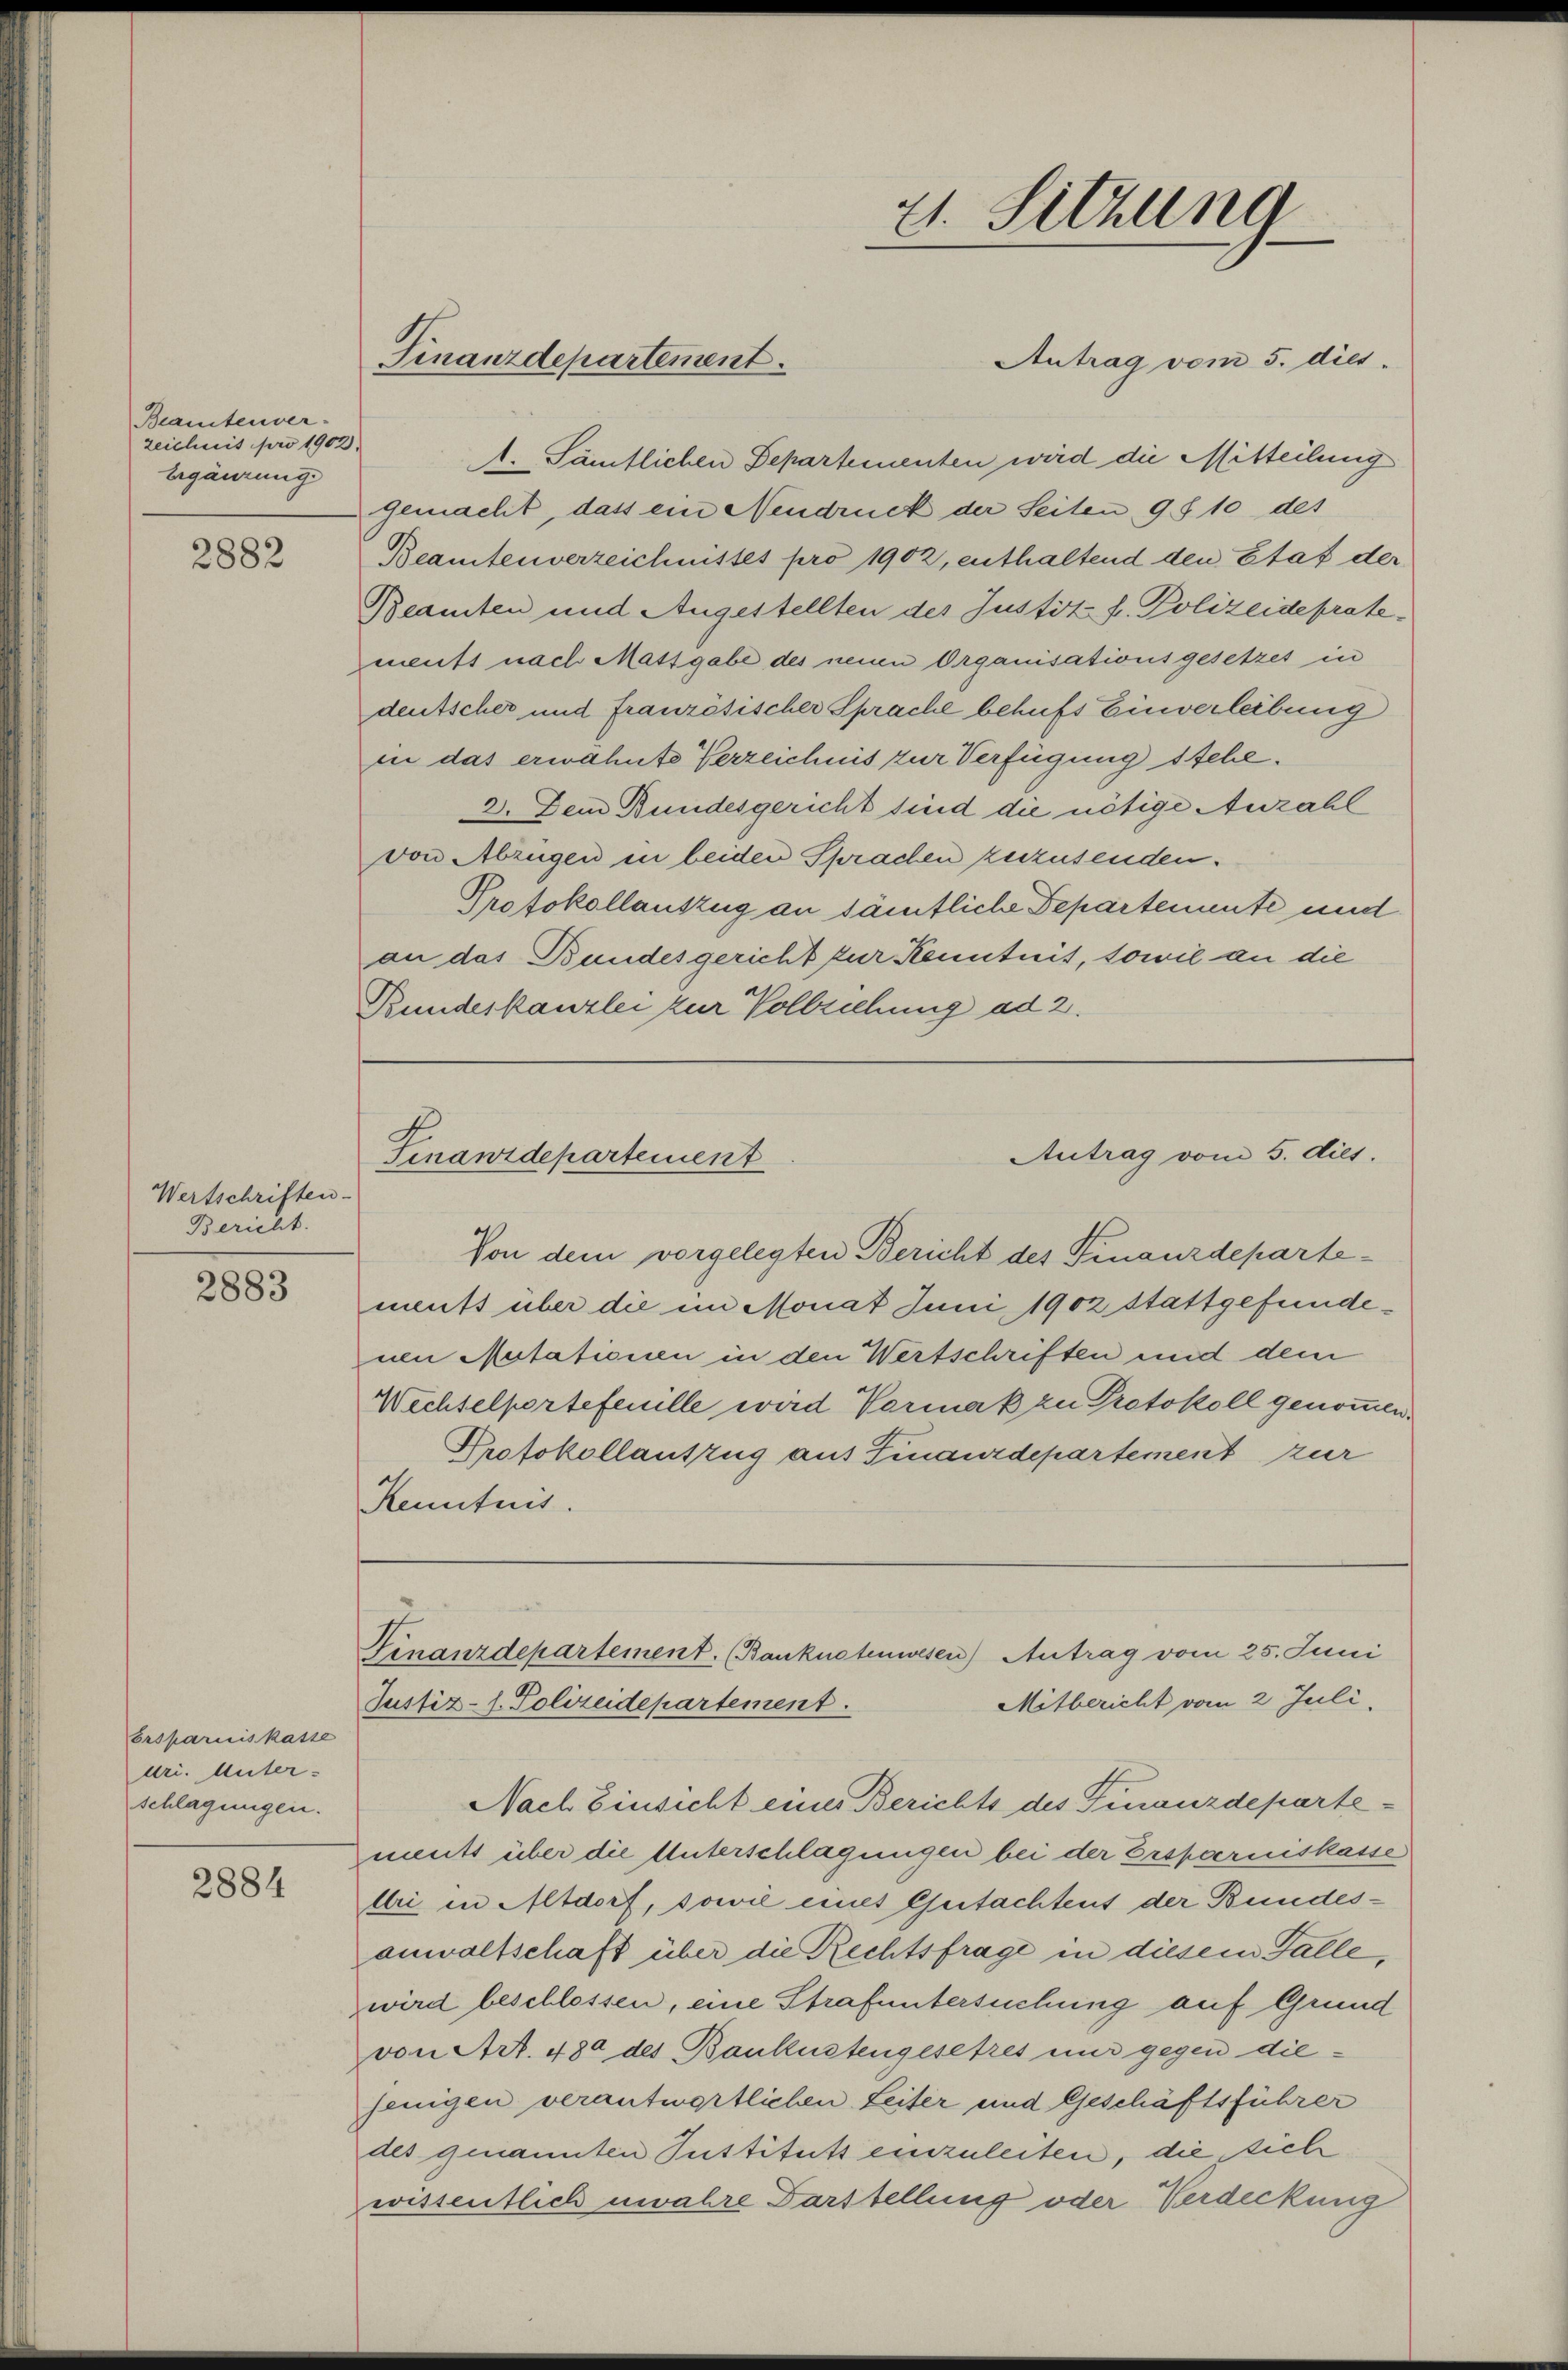
Beamtenver-
zeichnis pro 1902.
Ergänzung

2882

Wertschriften
Bericht.

2883

Ersparniskasse
uri. Unter-
schlagungen.

2884

Finanzdepartement.

Antrag vom 5. dies
1. Sämtlichen Separtementen wird die Mitteilung
gemacht, dass ein Neudruck der Seiten 9 § 10 des
Beamtenverzeichnisses pro 1902, enthaltend den Etat der
Beamten und Angestellten des Justit f. Polizeide protements nach Matt gabe des neuen Organisationsgesetzes in
deutscher und französischer Sprache behufs Einverleibung
in das erwähnte Verzeichnis zur Verfügung stehe¬
2. Dem Bundesgericht sind die nötige Anzahl
von Abzügen in beiden Sprachen zuzusenden.
Protokollauszug an sämtliche Departemente und
an das Bundesgericht zur Kenntnis, sowie an die
Bundeskanzlei zur Vollziehung ad 2.

Finanzdepartement

21. Sitzung

Antrag vom 5. dies.

Von dem vorgelegten Bericht des Finanzdepartements über die im Monat Juni 1902 stattgefundenen Metationen in den Wertschriften und dem
Wechselporteferulle wird Vormak zu Protokoll genommen.
Protokollantzug aus Finanzdepartement zur
Kenntnis.

Finanzdepartement. (Banknotenwesen) Antrag vom 25. Juni
Mitbericht vom 2 Juli.
Justiz- 1. Polizeidepartement.

Nach Einsicht eines Berichts des Finanzdepartements über die Unterschlagungen bei der Ersparniskasse
lri in Altdorf, sowie eines Gutachtens der Bundesanwaltschaft über die Rechtsfrage in diesem Falle,
wird beschlossen, eine Strafuntersuchung auf Grund
von Art. 480 des Banküstengesetzes nur gegen diejenigen verantwortlichen Leiter und Geschäftsführer
des genannten Justituts einzuleiten, die sich
wissentlich unwahre Darstellung oder Verdeckung